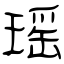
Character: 瑶